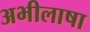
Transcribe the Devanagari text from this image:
अभीलाषा